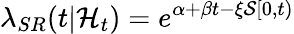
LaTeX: \lambda_{SR}(t|\mathcal{H}_{t})=e^{\alpha+\beta t-\xi\mathcal{S}[0,t)}